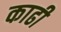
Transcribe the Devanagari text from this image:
काढी